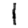
Digit: 1